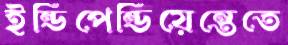
ইন্ডিপেন্ডিয়েন্তেতে